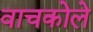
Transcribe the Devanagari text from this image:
वाचकोले